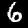
Label: 6